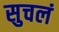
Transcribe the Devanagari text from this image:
सुचलं